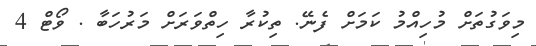
މިވަގުތަށް މުހިއްމު ކަމަށް ފެނޭ. ތިކުރާ ހިތްވަރަށް މަރުހަބާ . ވޯޓް 4